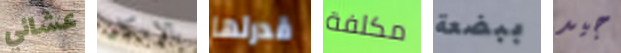
عشائي بالإمكان قدرتها مكلفة ببضعة جيد